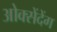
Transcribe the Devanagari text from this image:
ओक्सेंदेंग